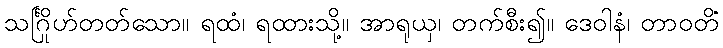
သင်္ဂြိုဟ်တတ်သော။ ရထံ၊ ရထားသို့။ အာရုယှ၊ တက်စီး၍။ ဒေဝါနံ၊ တာဝတိံ